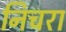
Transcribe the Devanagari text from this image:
निचरा